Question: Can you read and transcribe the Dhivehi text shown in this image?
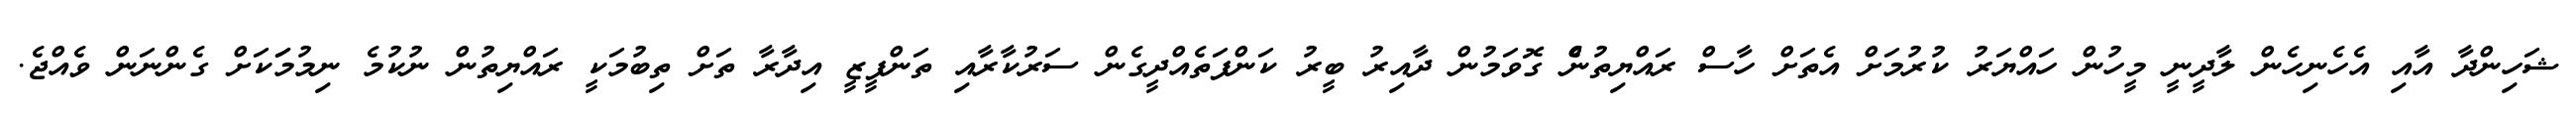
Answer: ޝަހިންދާ އާއި އެހެނިހެން ލާދީނީ މީހުން ހައްޔަރު ކުރުމަށް އެތަށް ހާސް ރައްޔިތުނެް ގޮވަމުން ދާއިރު ބީރު ކަންފަތެއްދީގެން ސަރުކާރާއި ތަންފީޒީ އިދާރާ ތަށް ތިބުމަކީ ރައްޔިތުން ނުކުމެ ނިމުމަަކަށް ގެންނަން ވެއްޖެ.